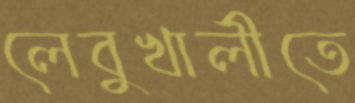
লেবুখালীতে